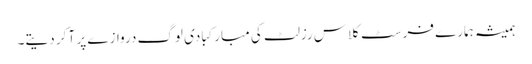
ہمیشہ ہمارے فرسٹ کلاس رزلٹ کی مبارکبادی لوگ دروازے پر آ کر دیتے۔